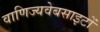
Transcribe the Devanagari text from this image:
वाणिज्यवेबसाइटों